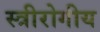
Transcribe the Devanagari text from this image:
स्त्रीरोगीय